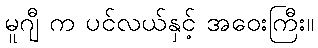
မူဂျီ က ပင်လယ်နှင့် အဝေးကြီး။